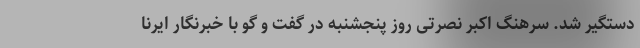
دستگیر شد. سرهنگ اکبر نصرتی روز پنجشنبه در گفت و گو با خبرنگار ایرنا